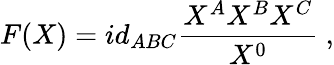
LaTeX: F(X)=id_{ABC}{\frac{X^{A}X^{B}X^{C}}{X^{0}}}\ ,